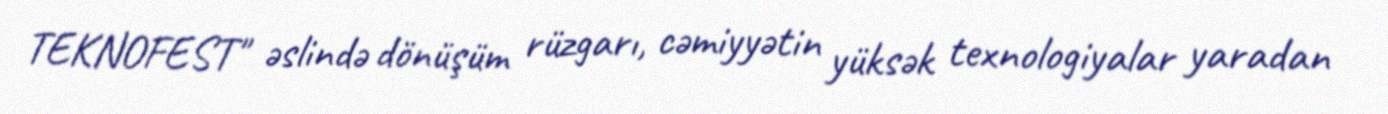
TEKNOFEST" əslində dönüşüm rüzgarı, cəmiyyətin yüksək texnologiyalar yaradan